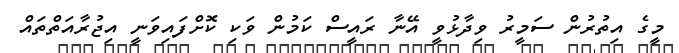
މީގެ އިތުރުން ސަމީރު ވިދާޅުވީ އޭނާ ރައީސް ކަމުން ވަކި ކޮށްފައިވަނީ އިޖުރާއަތްތައް